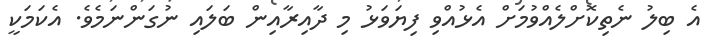
އެ ބިލު ނެތިކޮށްލެއްވުމަށް އެޅުއްވި ފިޔަވަޅު މި ދާއިރާއިން ބަލައި ނުގަންނަމެވެ. އެކަމަކީ